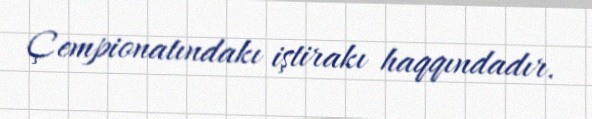
Çempionatındakı iştirakı haqqındadır.